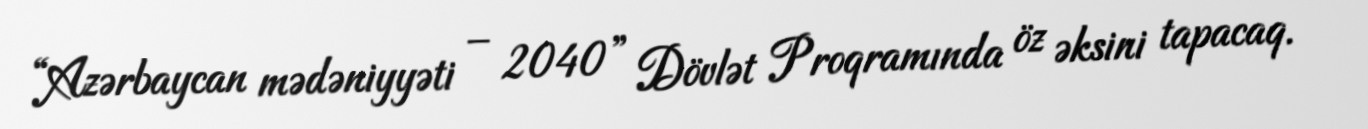
“Azərbaycan mədəniyyəti – 2040” Dövlət Proqramında öz əksini tapacaq.